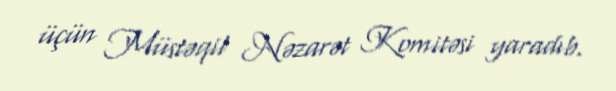
üçün Müstəqil Nəzarət Komitəsi yaradıb.